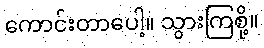
ကောင်းတာပေါ့။ သွားကြစို့။